Medical and sanitary report of the native army of Bengal for the year
Year: 1874
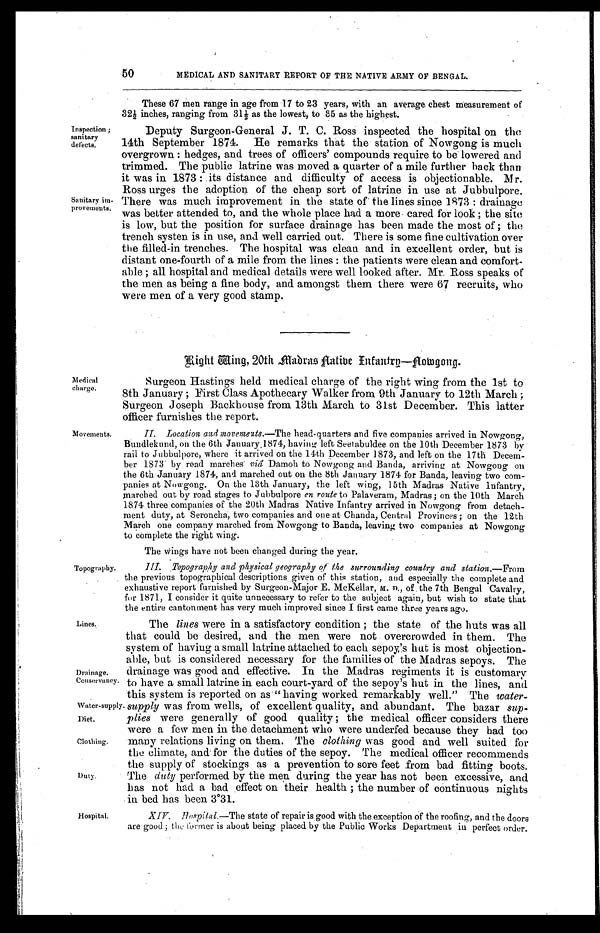
50
Inspection ;
sanitary
defects.
Sanitary im-
provements.
MEDICAL AND SANITARY REPORT OF THE NATIVE ARMY OF BENGAL.
These 67 men range in age from 17 to 23 years, with an average chest measurement of
32 1/2 inches, ranging from 31 1/2 as the lowest, to 35 as the highest.
Deputy Surgeon-General J. T. C. Ross inspected the hospital on the
14th September 1874. He remarks that the station of Nowgong is much
overgrown : hedges, and trees of officers' compounds require to be lowered and
trimmed. The public latrine was moved a quarter of a mile further back than
it was in 1873 : its distance and difficulty of access is objectionable. Mr.
Ross urges the adoption of the cheap sort of latrine in use at Jubbulpore.
There was much improvement in the state of the lines since 1873 : drainage
was better attended to, and the whole place had a more cared for look ; the site
is low, but the position for surface drainage has been made the most of ; the
trench systen is in use, and well carried out. There is some fine cultivation over
the filled-in trenches. The hospital was clean and in excellent order, but is
distant one-fourth of a mile from the lines : the patients were clean and comfort-
able ; all hospital and medical details were well looked after. Mr. Ross speaks of
the men as being a fine body, and amongst them there were 67 recruits, who
were men of a very good stamp.
Right wing, 20th Madras Native Infantry—Nowgong.
Medical
charge.
Movements.
Topography.
Surgeon Hastings held medical charge of the right wing from the 1st to
8th January ; First Class Apothecary Walker from 9th January to 12th March ;
Surgeon Joseph Backhouse from 13th March to 31st December. This latter
officer furnishes the report.
II. Location and movements.— The head-quarters and five companies arrived in Nowgong,
Bundlekund, on the 6th January 1874, having left Seetabuldee on the 10th December 1873 by
rail to Jubbulpore, where it arrived on the 14th December 1873, and left on the 17th Decem-
ber 1873 by road marches vid Damoh to Nowgong
and Banda, arriving at Nowgong on
the 6th January 1874, and marched out on the 8th January 1874 for Banda, leaving two com-
panies at Nowgong. On the 13th January, the left wing, 15th Madras Native Infantry,
marched out by road stages to Jubbulpore en route to Palaveram, Madras ; on the 10th March
1874 three companies of the 20th Madras Native Infantry arrived in Nowgong from detach-
ment duty, at Seroncha, two companies and one at Chanda, Central Provinces ; on the 12th
March one company marched from Nowgong to Banda, leaving two companies at Nowgong
to complete the right wing.
The Wings have not been changed during the year.
III. Topography and physical geography of the surrounding country and station.— From
the previous topographical descriptions given of this station, and especially the complete and
exhaustive report furnished by Surgeon-Major E. McKellar, M. D., of the 7th Bengal Cavalry,
for 1871, I consider it quite unnecessary to refer to the subject again, but wish to state that
the entire cantonment has very much improved since I first came three years ago.
Lines.
Drainage.
Conservancy.
Water-supply.
Diet.
Clothing.
Duty.
The lines were in a satisfactory condition ; the state of the huts was all
that could be desired, and the men were not overcrowded in them. The
system of having a small latrine attached to each sepoy's hut is most objection-
able, but is considered necessary for the families of the Madras sepoys. The
drainage was good and effective. In the Madras regiments it is customary
to have a small latrine in each court-yard of the sepoy's hut in the lines, and
this system is reported on as " having worked remarkably well." The water-
supply was from wells, of excellent quality, and abundant. The bazar sup-
plies were generally of good quality ; the medical officer considers there
were a few men in the detachment who were underfed because they had too
many relations living on them. The clothing was good and well suited for
the climate, and for the duties of the sepoy. The medical officer recommends
the supply of stockings as a prevention to sore feet from bad fitting boots.
The duty performed by the men during the year has not been excessive, and
has not had a bad effect on their health ; the number of continuous nights
in bed has been 3˚31.
Hospital.
XIV. Hospital.—The state of repair is good with the exception of the roofing, and the doors
are good ; the former is about being placed by the Public Works Department in perfect order.